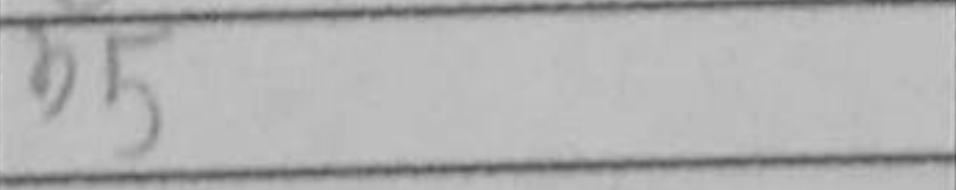
Transcription: b5